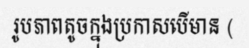
រូបភាពតូចក្នុងប្រកាសបើមាន (